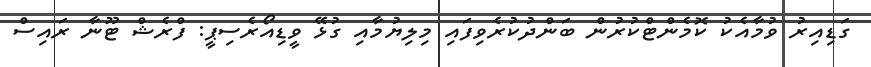
ގަޑިއިރު ވުމާއެކު ކޮމެންޓްކުރުން ބަންދުކުރެވިފައި މިލިޔުމާއި ގުޅޭ ވީޑިއޯރެސިޕީ: ފްރެޝް ޓޫނާ ރައިސް